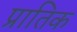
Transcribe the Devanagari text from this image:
प्रातिक